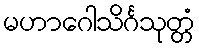
မဟာဂေါသိင်္ဂသုတ္တံ